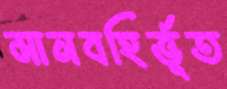
মানবহির্ভূত